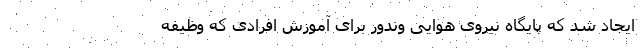
ایجاد شد که پایگاه نیروی هوایی وِندُور برای آموزش افرادی که وظیفه